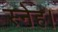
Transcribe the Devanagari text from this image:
स्नेह।